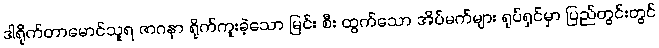
ဒါရိုက်တာမောင်သူရ ဇာဂနာ ရိုက်ကူးခဲ့သော မြင်း စီး ထွက်သော အိပ်မက်များ ရုပ်ရှင်မှာ ပြည်တွင်းတွင်